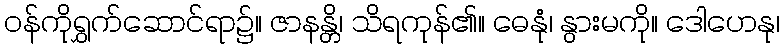
ဝန်ကိုရွှက်ဆောင်ရာ၌။ ဇာနန္တိ၊ သိရကုန်၏။ ဓေနုံ၊ နွားမကို။ ဒေါဟေနု၊